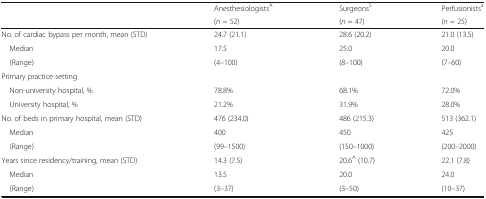
<table><thead><tr><td></td><td><b>Anesthesiologists<sup>A</sup></b></td><td><b>Surgeons<sup>S</sup></b></td><td><b>Perfusionists<sup>a</sup></b></td></tr><tr><td></td><td><b>(<i>n</i> = 52)</b></td><td><b>(<i>n</i> = 47)</b></td><td><b>(<i>n</i> = 25)</b></td></tr></thead><tbody><tr><td>No. of cardiac bypass per month, mean (STD)</td><td>24.7 (21.1)</td><td>28.6 (20.2)</td><td>21.0 (13.5)</td></tr><tr><td> Median</td><td>17.5</td><td>25.0</td><td>20.0</td></tr><tr><td> (Range)</td><td>(4–100)</td><td>(8–100)</td><td>(7–60)</td></tr><tr><td colspan="4">Primary practice setting</td></tr><tr><td> Non-university hospital, %</td><td>78.8%</td><td>68.1%</td><td>72.0%</td></tr><tr><td> University hospital, %</td><td>21.2%</td><td>31.9%</td><td>28.0%</td></tr><tr><td>No. of beds in primary hospital, mean (STD)</td><td>476 (234.0)</td><td>486 (215.3)</td><td>513 (362.1)</td></tr><tr><td> Median</td><td>400</td><td>450</td><td>425</td></tr><tr><td> (Range)</td><td>(99–1500)</td><td>(150–1000)</td><td>(200–2000)</td></tr><tr><td>Years since residency/training, mean (STD)</td><td>14.3 (7.5)</td><td>20.6<sup>A</sup> (10.7)</td><td>22.1 (7.8)</td></tr><tr><td> Median</td><td>13.5</td><td>20.0</td><td>24.0</td></tr><tr><td> (Range)</td><td>(3–37)</td><td>(3–50)</td><td>(10–37)</td></tr></tbody></table>